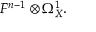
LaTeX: F ^ { n - 1 } \otimes \Omega _ { X } ^ { 1 } .